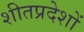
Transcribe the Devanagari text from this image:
शीतप्रदेशों